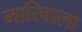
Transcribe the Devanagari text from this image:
मारिवाला